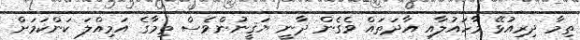
ތިމާ ދިރިއުޅޭ މާހައުލާއި އާދަތައް ވެގެން ދާނީ ޔަޤީނުންވެސް ތިމާގެ އަމިއްލަ ކަންކަމަށް